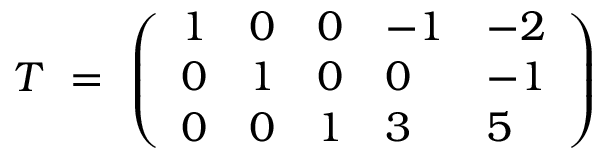
{ \cal T } ~ = ~ \left( \begin{array} { l l l l l } { { 1 } } & { { 0 } } & { { 0 } } & { { - 1 } } & { { - 2 } } \\ { { 0 } } & { { 1 } } & { { 0 } } & { { 0 } } & { { - 1 } } \\ { { 0 } } & { { 0 } } & { { 1 } } & { { 3 } } & { { 5 } } \end{array} \right)